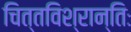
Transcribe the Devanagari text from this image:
चित्तविश्रान्तिः